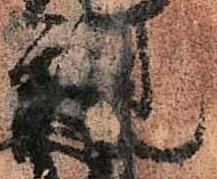
親